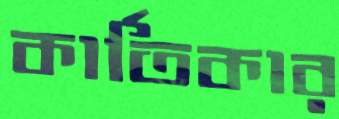
কার্তিকার